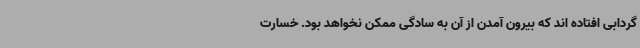
گردابی افتاده اند که بیرون آمدن از آن به سادگی ممکن نخواهد بود. خسارت